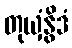
တုယှံနွိဒံ